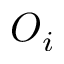
O _ { i }